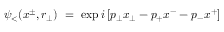
\psi _ { < } ( x ^ { \pm } , r _ { \perp } ) ~ = ~ \exp i \left[ p _ { \perp } x _ { \perp } - p _ { + } x ^ { - } - p _ { - } x ^ { + } \right]